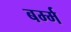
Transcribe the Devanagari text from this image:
बर्म्म